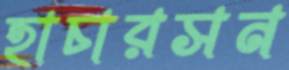
হাচারসন